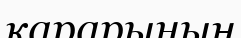
қарарының